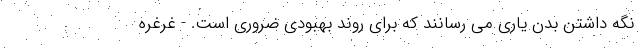
نگه داشتن بدن یاری می رسانند که برای روند بهبودی ضروری است. - غرغره